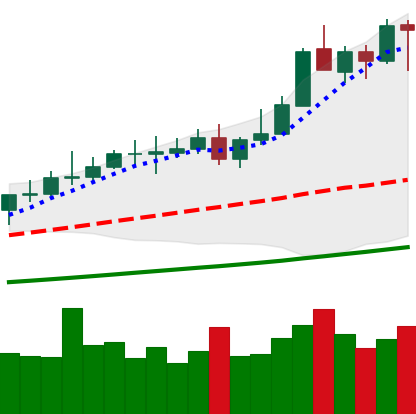
Ticker: XMR-USD
Chart end date: 2021-04-16
Forward return: 11.131%
Label: up_7plus